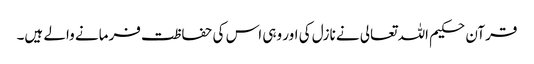
قرآن حکیم اللہ تعالی نے نازل کی اور وہی اس کی حفاظت فرمانے والے ہیں۔